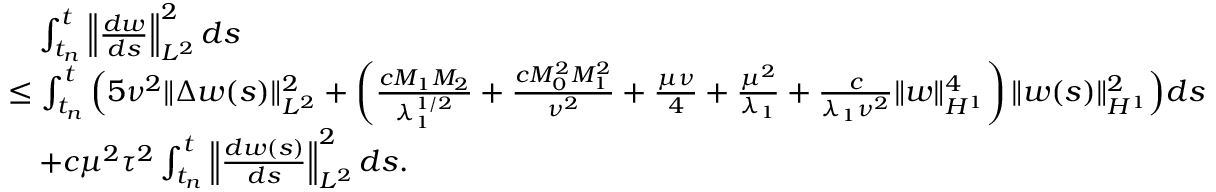
\begin{array} { r l } & { \quad \int _ { t _ { n } } ^ { t } \left\Vert \frac { d w } { d s } \right\Vert _ { L ^ { 2 } } ^ { 2 } d s } \\ & { \leq \int _ { t _ { n } } ^ { t } \Big ( 5 \nu ^ { 2 } \| \Delta w ( s ) \| _ { L ^ { 2 } } ^ { 2 } + \left( \frac { c M _ { 1 } M _ { 2 } } { \lambda _ { 1 } ^ { 1 / 2 } } + \frac { c M _ { 0 } ^ { 2 } M _ { 1 } ^ { 2 } } { \nu ^ { 2 } } + \frac { \mu \nu } { 4 } + \frac { \mu ^ { 2 } } { \lambda _ { 1 } } + \frac { c } { \lambda _ { 1 } \nu ^ { 2 } } \| w \| _ { H ^ { 1 } } ^ { 4 } \right) \| w ( s ) \| _ { H ^ { 1 } } ^ { 2 } \Big ) d s } \\ & { \quad + c \mu ^ { 2 } \tau ^ { 2 } \int _ { t _ { n } } ^ { t } \left\| \frac { d w ( s ) } { d s } \right\| _ { L ^ { 2 } } ^ { 2 } d s . } \end{array}